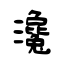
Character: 瀺